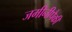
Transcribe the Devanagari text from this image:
जमीनीपैकी